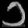
Digit: ၁